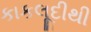
કાકલૂદીથી